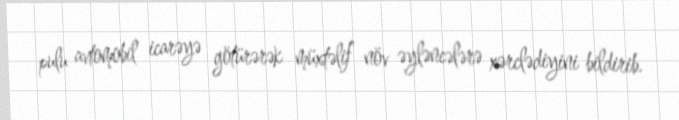
pulu avtomobil icarəyə götürərək müxtəlif növ əyləncələrə xərclədiyini bildirib.